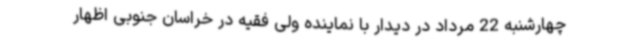
چهارشنبه 22 مرداد در دیدار با نماینده ولی فقیه در خراسان جنوبی اظهار